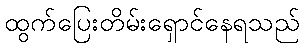
ထွက်ပြေးတိမ်းရှောင်နေရသည်